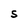
Character: S